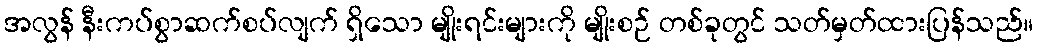
အလွန် နီးကပ်စွာဆက်စပ်လျက် ရှိသော မျိုးရင်းများကို မျိုးစဉ် တစ်ခုတွင် သတ်မှတ်ထားပြန်သည်။